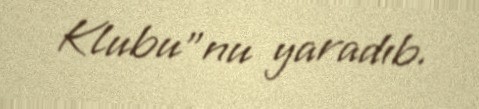
Klubu”nu yaradıb.